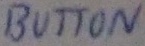
Text: BUTTON